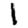
Digit: 1